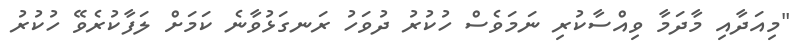
"މިއަދާއި މާދަމާ ވިއްސާކުރި ނަމަވެސް ހުކުރު ދުވަހު ރަނގަޅުވާނެ ކަމަށް ލަފާކުރެވޭ ހުކުރު